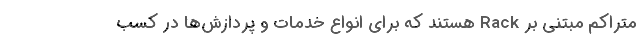
متراکم مبتنی بر Rack هستند که برای انواع خدمات و پردازش‌ها در کسب